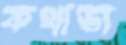
কথাডা